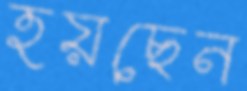
হয়ছেন